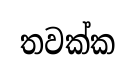
තවක්ක